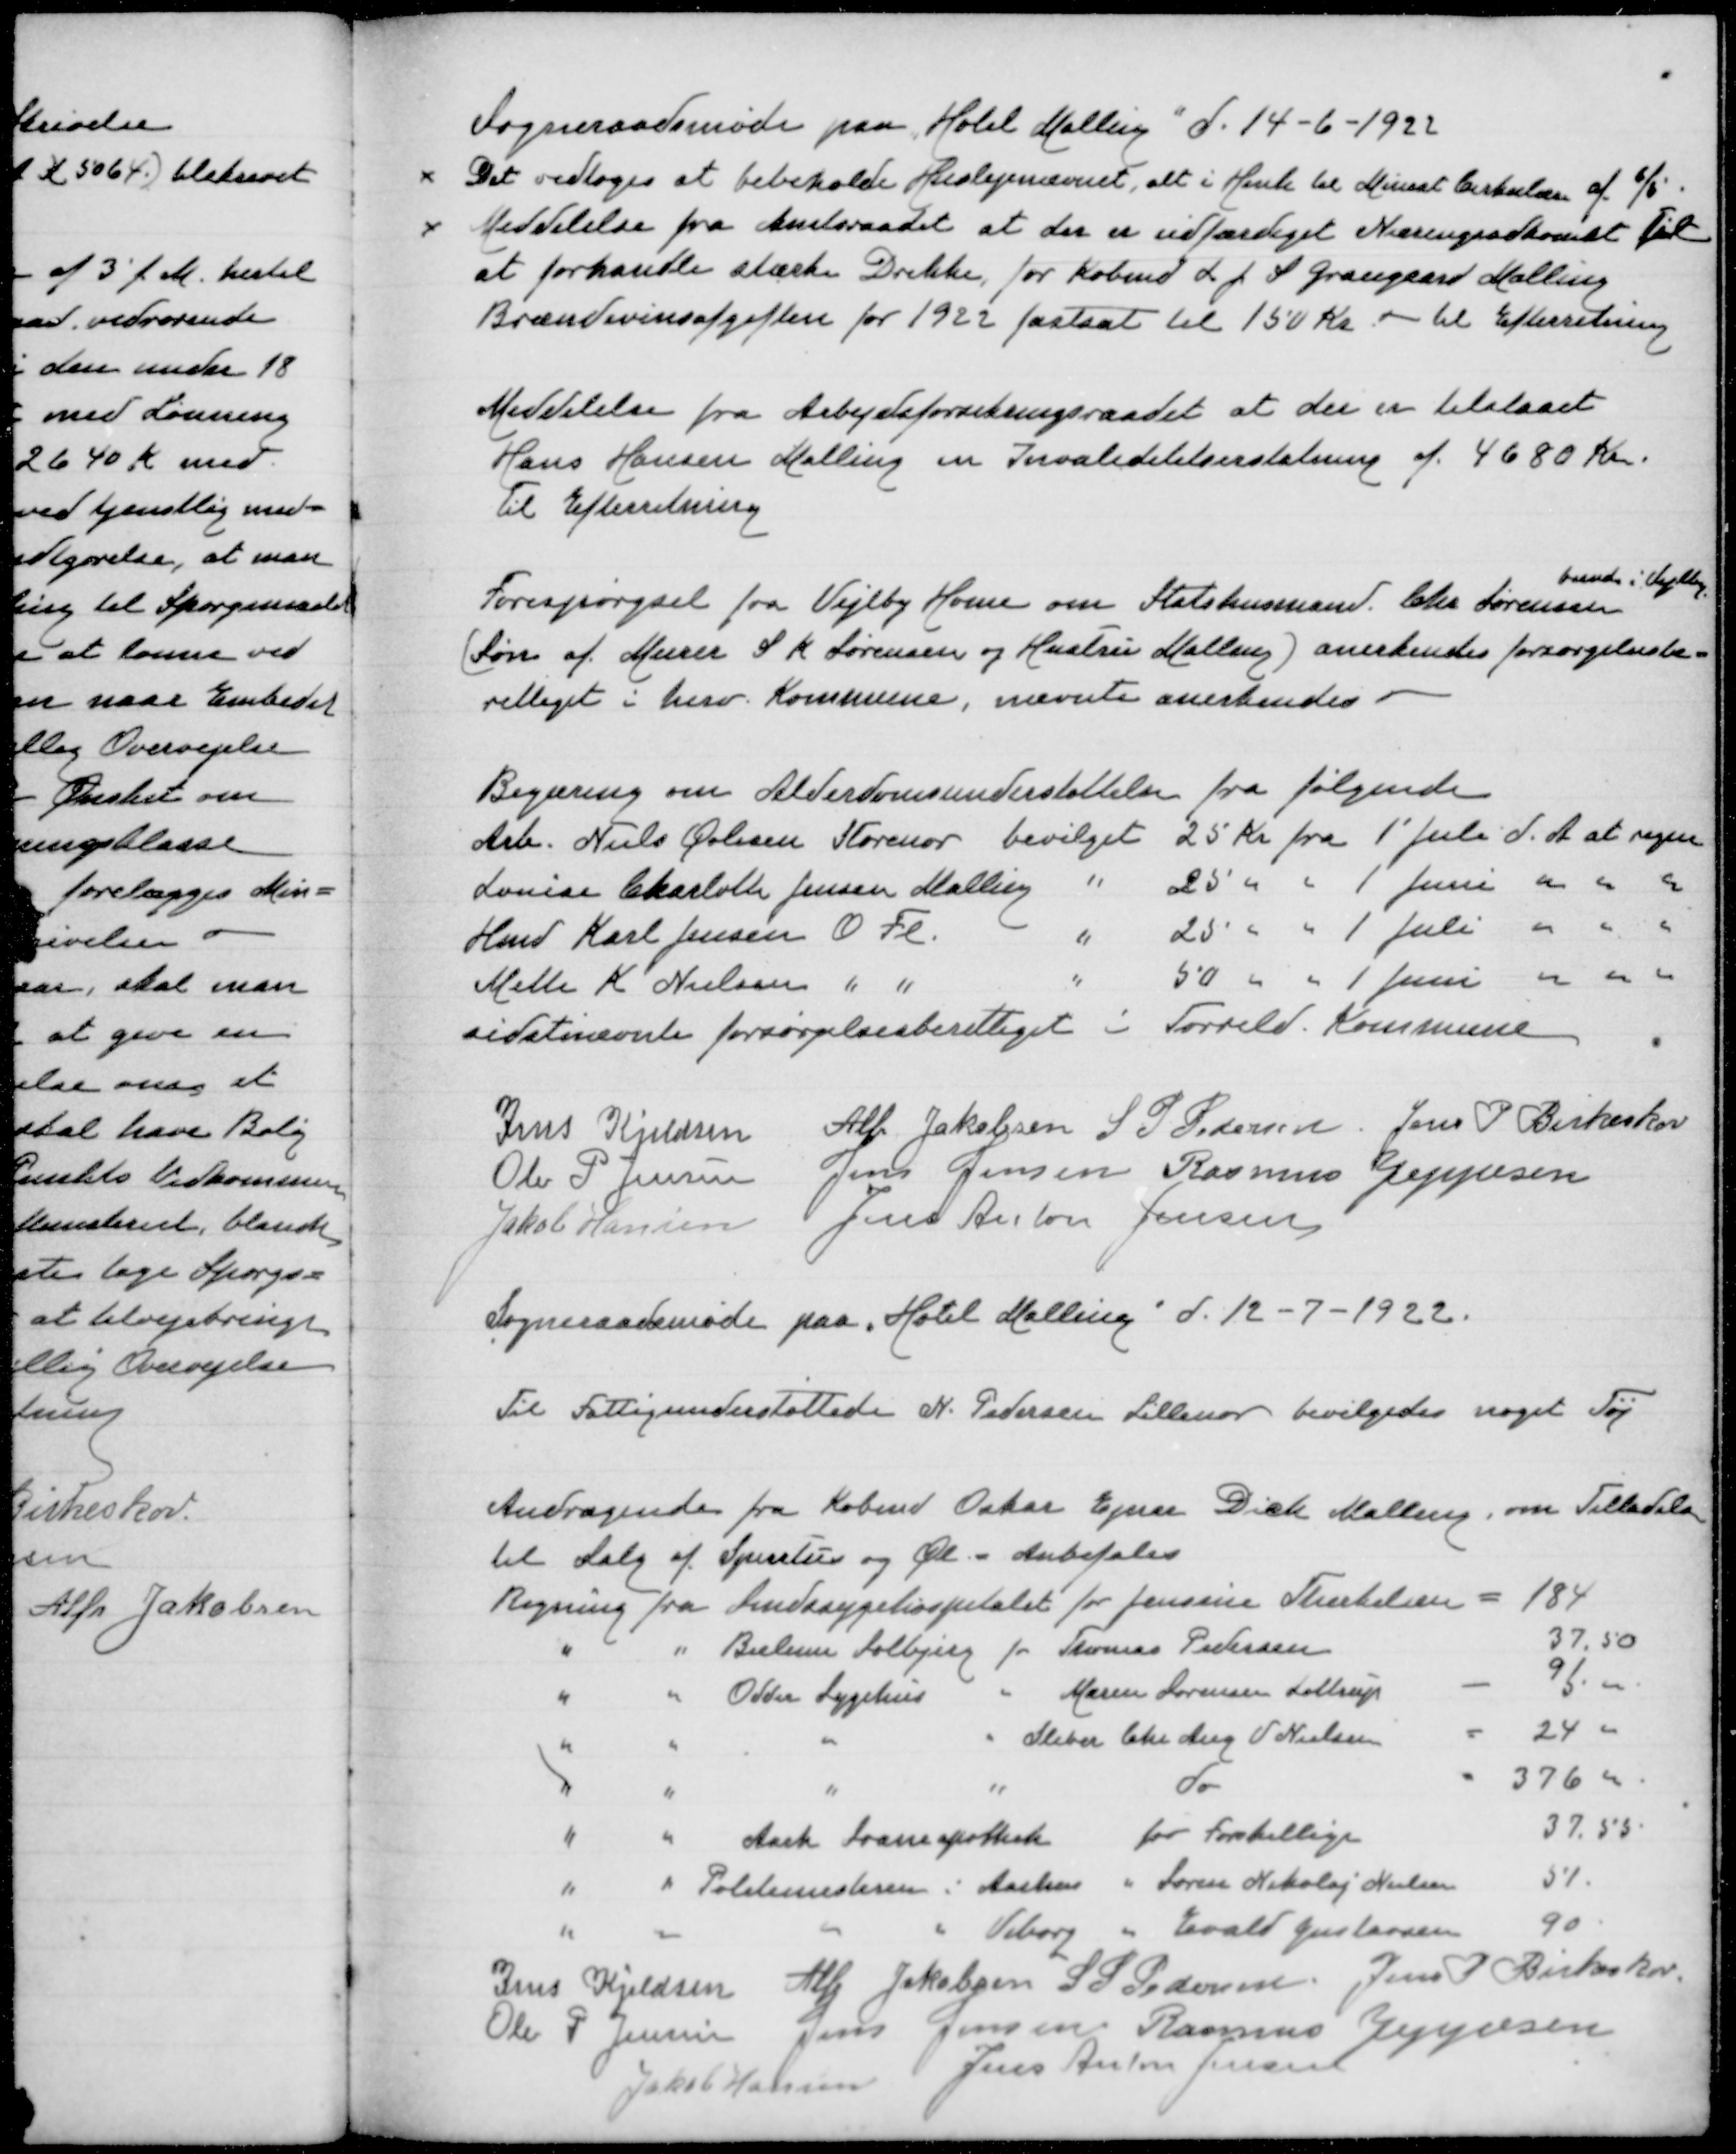
Transskription:
Sogneraadsmøde paa "Hotel Malling" d 14-6-1922
x Det vedtoges at bibeholde Huslejenævnet, alt i Henh til Minist Cirkulære af 6/5
x Meddelelse fra Amtsraadet at der er udfærdiget Næringsadkomst til
at forhandle stærke Drikke for Købmd L J S Graugaard Malling
Brændevinsafgiften for 1922 fastsat til 150 Kr - til Efterretning

Meddelelse fra Arbejdsforsikringsraadet at der er tilstaaet
Hans Hansen Malling en Invalideerstatning af 4680 Kr
Til Efterretning

boende i Vejlby
Forespørgsel fra Vejlby Home om Statshusmand Chr Sørensen
(Søn af Murer S K Sørensen og Hustru Malling) anerkendes forsørgelsesbe=
rettiget i herv Kommune, nævnte anerkendes

Begæring om Alderdomsunderstøttelse fra følgende
Arb Niels Øvlisen Storenor bevilget 25 Kr fra 1' Juli d A at regne
Louise Charlotte Jensen Malling " 25 " " 1' Juni " " "
Hmd Karl Jensen O Fl " 25 " " 1' Juli " " "
Mette K Nielsen " " " 50 " " 1' Juni " " "
sidstnævnte forsørgelsesberettiget i Torrild Kommune

Jens Kjeldsen
Alfr Jakobsen
S P Pedersen
Jens P Birkeskov
Ole P Jensen
Jens Jensen
Rasmus Jeppesen
Jakob Hansen
Jens Anton Jensen

Sogneraadsmøde paa "Hotel Malling" d 12-7-1922

Til Fattigdomsunderstøttede N Pedersen Lillenor bevilgedes noget Tøj

Andragende fra Købmd Oskar Ejner Dich Malling om Tilladelse
til Salg af Spiritus og Øl . Anbefaledes
Regning fra Amtssygehospitalet for Jensine Therkeldsen = 184
" " Bielum Solbjerg for Thomas Pedersen 37,50
" " Odder Sygehus " Maren Sørensen Lottrup - 91,00
" " " " Sliber Chr Aug V Nielsen = 24 00
" " " " do =376 00
" " Aarh Traneapothek for forskellige 37,55
" " Politimesteren i Aarhus " Søren Nikolaj Nielsen 51
" " " " Viborg " Evald Gustavsen 90
Jens Kjeldsen
Alfr Jakobsen
S P Pedersen
Jens P Birkeskov
Ole P Jensen
Jens Jensen
Rasmus Jeppesen
Jakob Hansen
Jens Anton Jensen